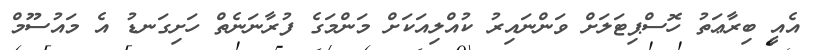
އެއީ ބިރާޢަތު ހޮސްޕިޓަލަށް ވަންނައިރު ކުއްލިއަކަށް މަންމަގެ ފުރާނަނެތް ހަށިގަނޑު އެ މައުސޫމް